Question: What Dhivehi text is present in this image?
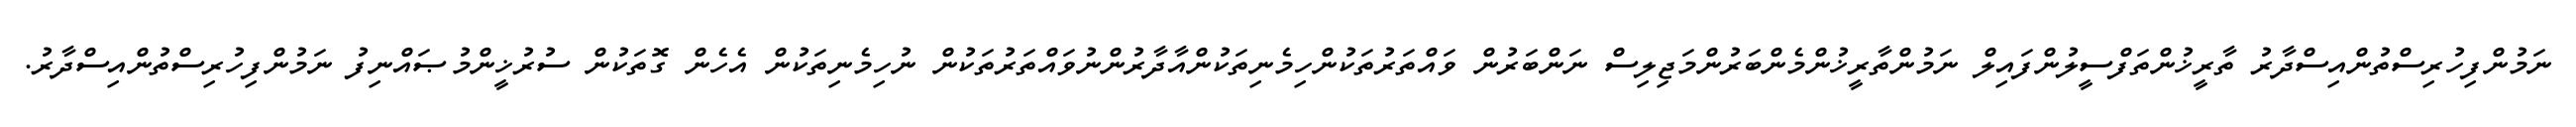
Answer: ނަމުންފިހުރިސްތުންއިސްދާރު ތާރީޚުންތަފްސީލުންފައިލް ނަމުންތާރީޚުންމެންބަރުންމަޖިލިސް ނަންބަރުން ވައްތަރުތަކުންހިމެނިތަކުންއާދާރުންނުވައްތަރުތަކުން ނުހިމެނިތަކުން އެހެން ގޮތަކުން ސުރުޚީންމުޞައްނިފު ނަމުންފިހުރިސްތުންއިސްދާރު.